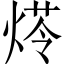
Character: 𤋶